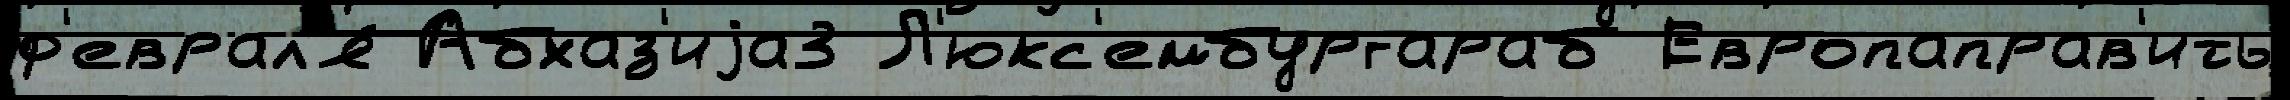
ф'еврал'я́ Абхаз'иjа3 Л'юкс'ембургараб Европаправ'ить